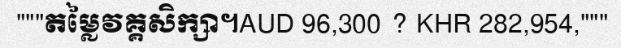
"""តម្លៃវគ្គសិក្សា។AUD 96,300 ? KHR 282,954,"""